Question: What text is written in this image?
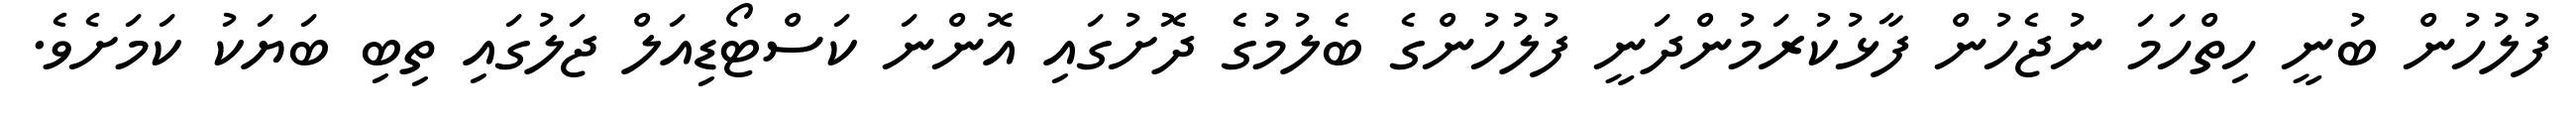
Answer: ފުލުހުން ބުނީ ހިތްހަމަ ނުޖެހުން ފާޅުކުރަމުންދަނީ ފުލުހުންގެ ބެލުމުގެ ދޮށުގައި އޮންނަ ކަސްޓޯޑިއަލް ޖަލުގައި ތިބި ބަޔަކު ކަމަށެވެ.